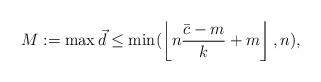
LaTeX: \begin{align*} M:=\max \vec{d}\leq \min(\left\lfloor n\frac{\bar{c}-m}{k}+m\right\rfloor,n), \end{align*}